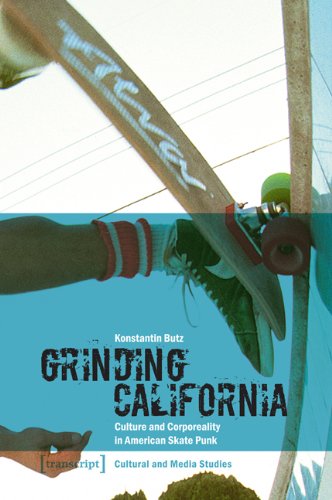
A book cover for Grinding California: Culture and Corporeality in American Skate Punk (Cultural and Media Studies); Konstantin Butz; Sports & Outdoors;